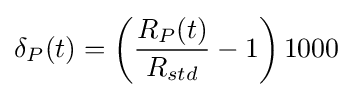
\delta _{P}(t)=\left({\frac {R_{P}(t)}{R_{std}}}-1\right)1000